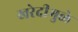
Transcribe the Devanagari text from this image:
खरेदीमुळे